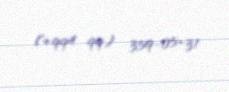
(+994 99) 359-05-31